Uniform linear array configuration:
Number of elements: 12
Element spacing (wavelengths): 1
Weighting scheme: binomial
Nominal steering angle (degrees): -15
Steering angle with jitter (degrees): -15.58
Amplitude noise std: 0.05
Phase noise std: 0.05

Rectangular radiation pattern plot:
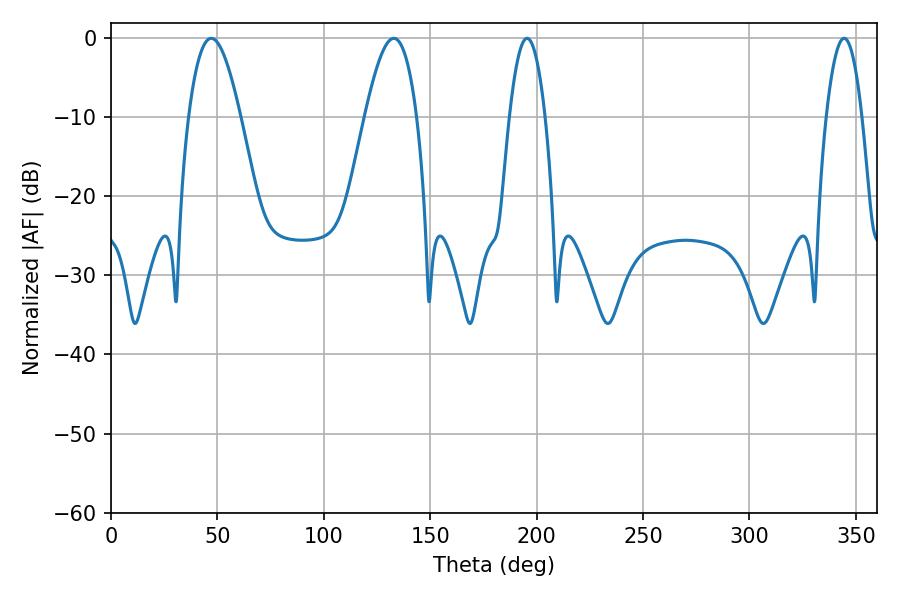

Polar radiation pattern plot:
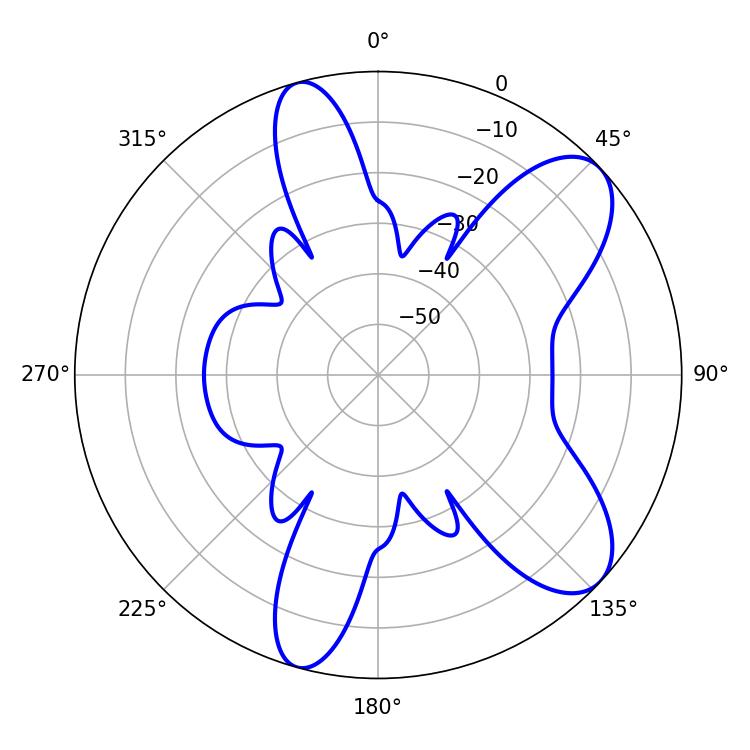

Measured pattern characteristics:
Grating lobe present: TRUE
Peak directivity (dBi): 8.555
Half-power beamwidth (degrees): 9.18
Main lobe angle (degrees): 195.48